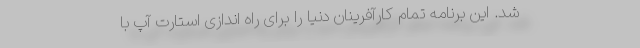
شد. این برنامه تمام کارآفرینان دنیا را برای راه اندازی استارت آپ با